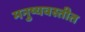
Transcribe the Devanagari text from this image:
मनुष्यवस्तीत